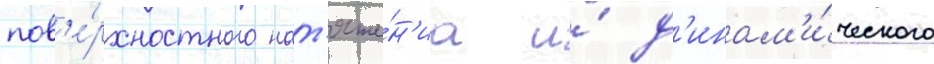
пов'е́рхностного нат'яже́н'иа и́ д'инам'и́ческого